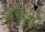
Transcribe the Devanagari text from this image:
४०३२